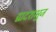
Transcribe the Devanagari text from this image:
द्वादशभुज